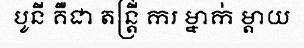
បូនី គឺជា តន្ត្រី ករ ម្នាក់ ម្តាយ